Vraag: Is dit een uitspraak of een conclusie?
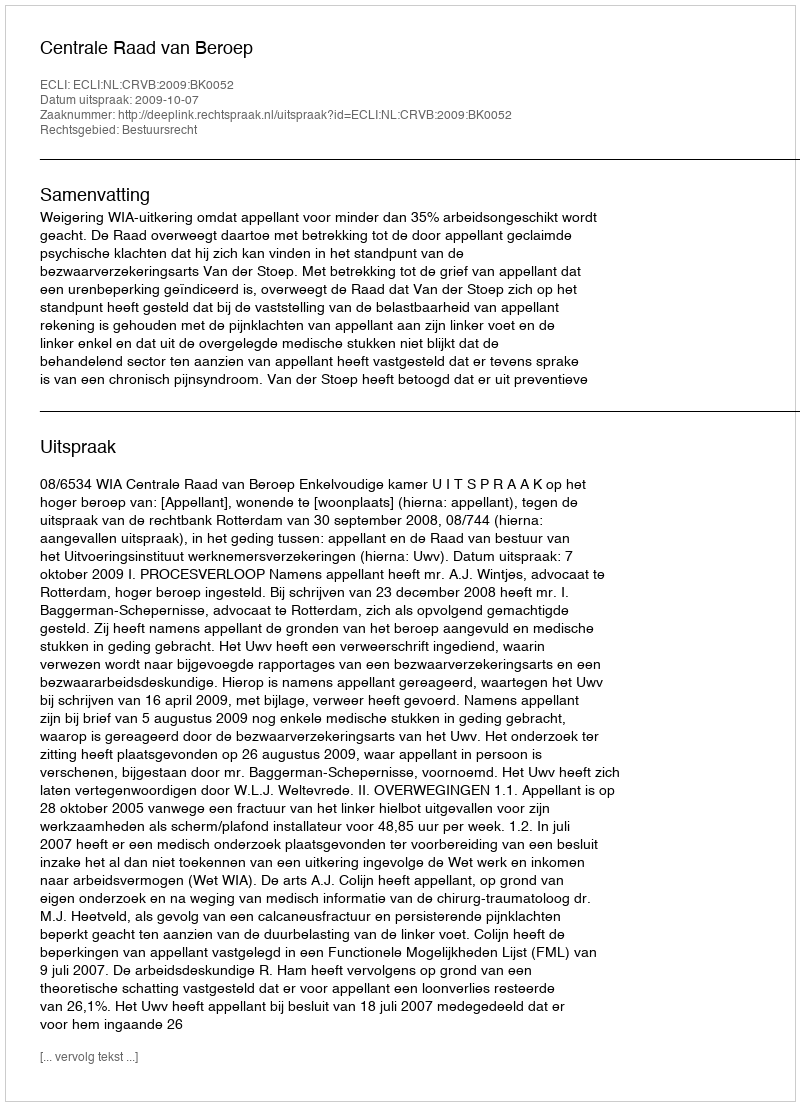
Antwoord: Uitspraak